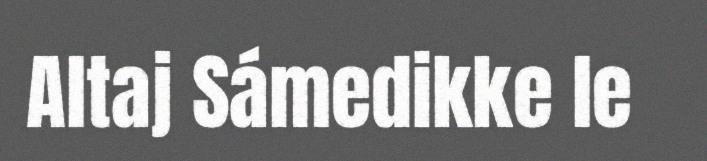
Altaj Sámedikke le